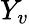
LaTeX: Y_{v}